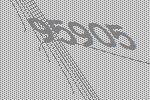
95905